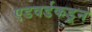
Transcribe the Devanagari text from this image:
एडवर्डकडून